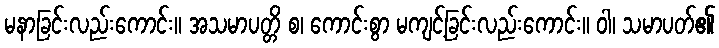
မနာခြင်းလည်းကောင်း။ အသမာပတ္တိ စ၊ ကောင်းစွာ မကျင့်ခြင်းလည်းကောင်း။ ဝါ၊ သမာပတ်၏